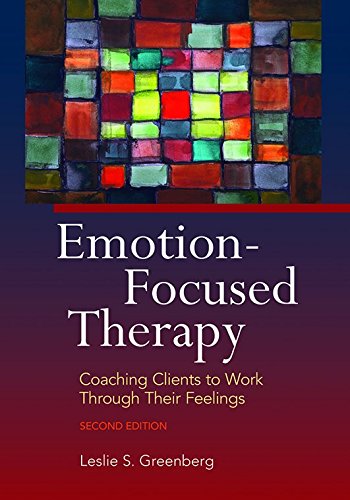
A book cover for Emotion-focused Therapy: Coaching Clients to Work Through Their Feelings; Leslie S. Greenberg; Health, Fitness & Dieting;